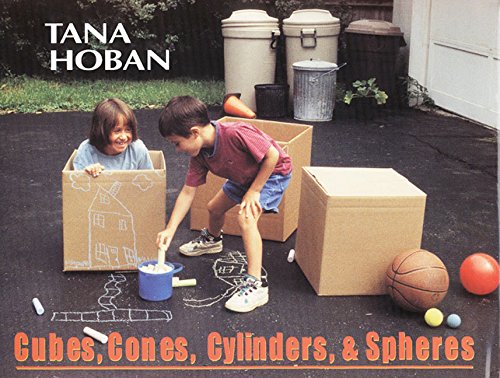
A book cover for Cubes, Cones, Cylinders, & Spheres; Tana Hoban; Children's Books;